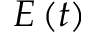
E \left( t \right)